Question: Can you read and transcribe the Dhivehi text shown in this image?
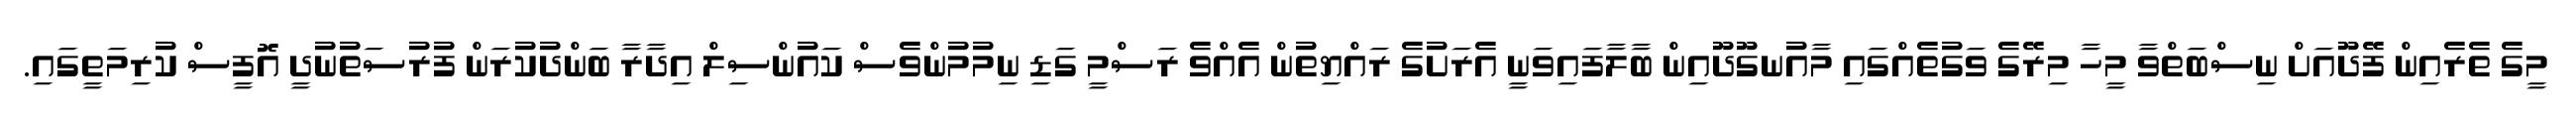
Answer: މީގެ ތެރެއިން ފޭދޫއަށް ނިސްބަތްވާ މީހާ މިރޭގެ ވަގުތެއްގައި މާއުނގޫދޫއިން ބާލާފައިވަނީ އެރަށުގެ ރައްޔިތުން އެއްވެ ރަސްމީ ގަޑި ނިމުމުންވެސް ކައުންސިލް އިދާރާ ބަންދުކުރަން ފުރުސަތުނުދީ އޮފީސް ކުރިމަތީގައި.